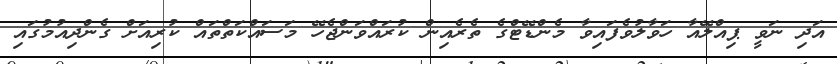
އަދި ނަވީ ޕިއްލޭއާ ހަވާލުވެފައިވާ މެންޑޭޓްގެ ތެރެއިން ކުރައްވަންޖެހޭ މަސައްކަތްތައް ކުރިއަށް ގެންދިއުމުގައި